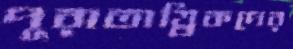
পুরাতাত্ত্বিকদের